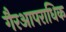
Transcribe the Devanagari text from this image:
गैरआपराधिक